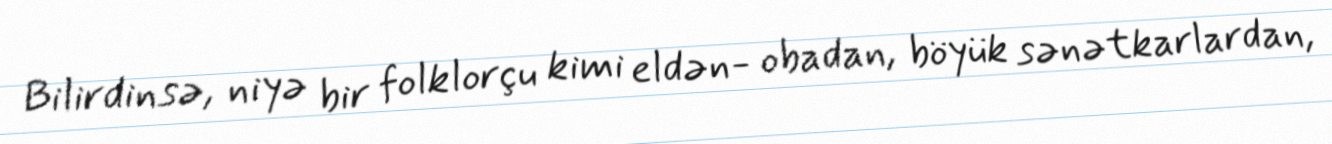
Bilirdinsə, niyə bir folklorçu kimi eldən- obadan, böyük sənətkarlardan,